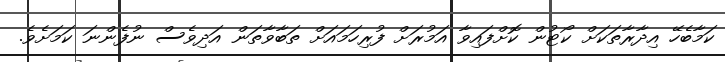
ކަމާބެހޭ އިދާރާތަކަށް ކޯޓުން ކޮށްފައިވާ އަމުރަށް ފުރިހަމައަށް ތަބާވާތަން އަދިވެސް ނުފެންނަ ކަމަށެވެ.